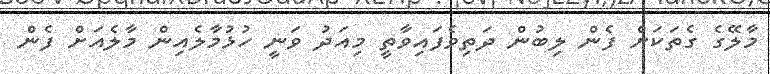
މާލޭގެ ގެތަކަށް ފެން ލިބުން ދަތިވެފައިވާތީ މިއަދު ވަނީ ހުޅުމާލެއިން މާލެއަށް ފެން